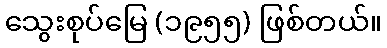
သွေးစုပ်မြေ (၁၉၅၅) ဖြစ်တယ်။